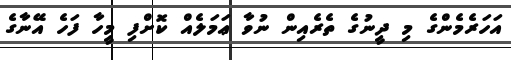
އަހަރެމެންގެ މި ދީނުގެ ތެރެއިން ނުވާ ޢަމަލެއް ކޮށްފި މީހާ ފަހެ އޭނާގެ